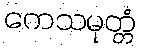
ကေသမုတ္တံ